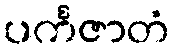
ပင်္ကဇာတံ